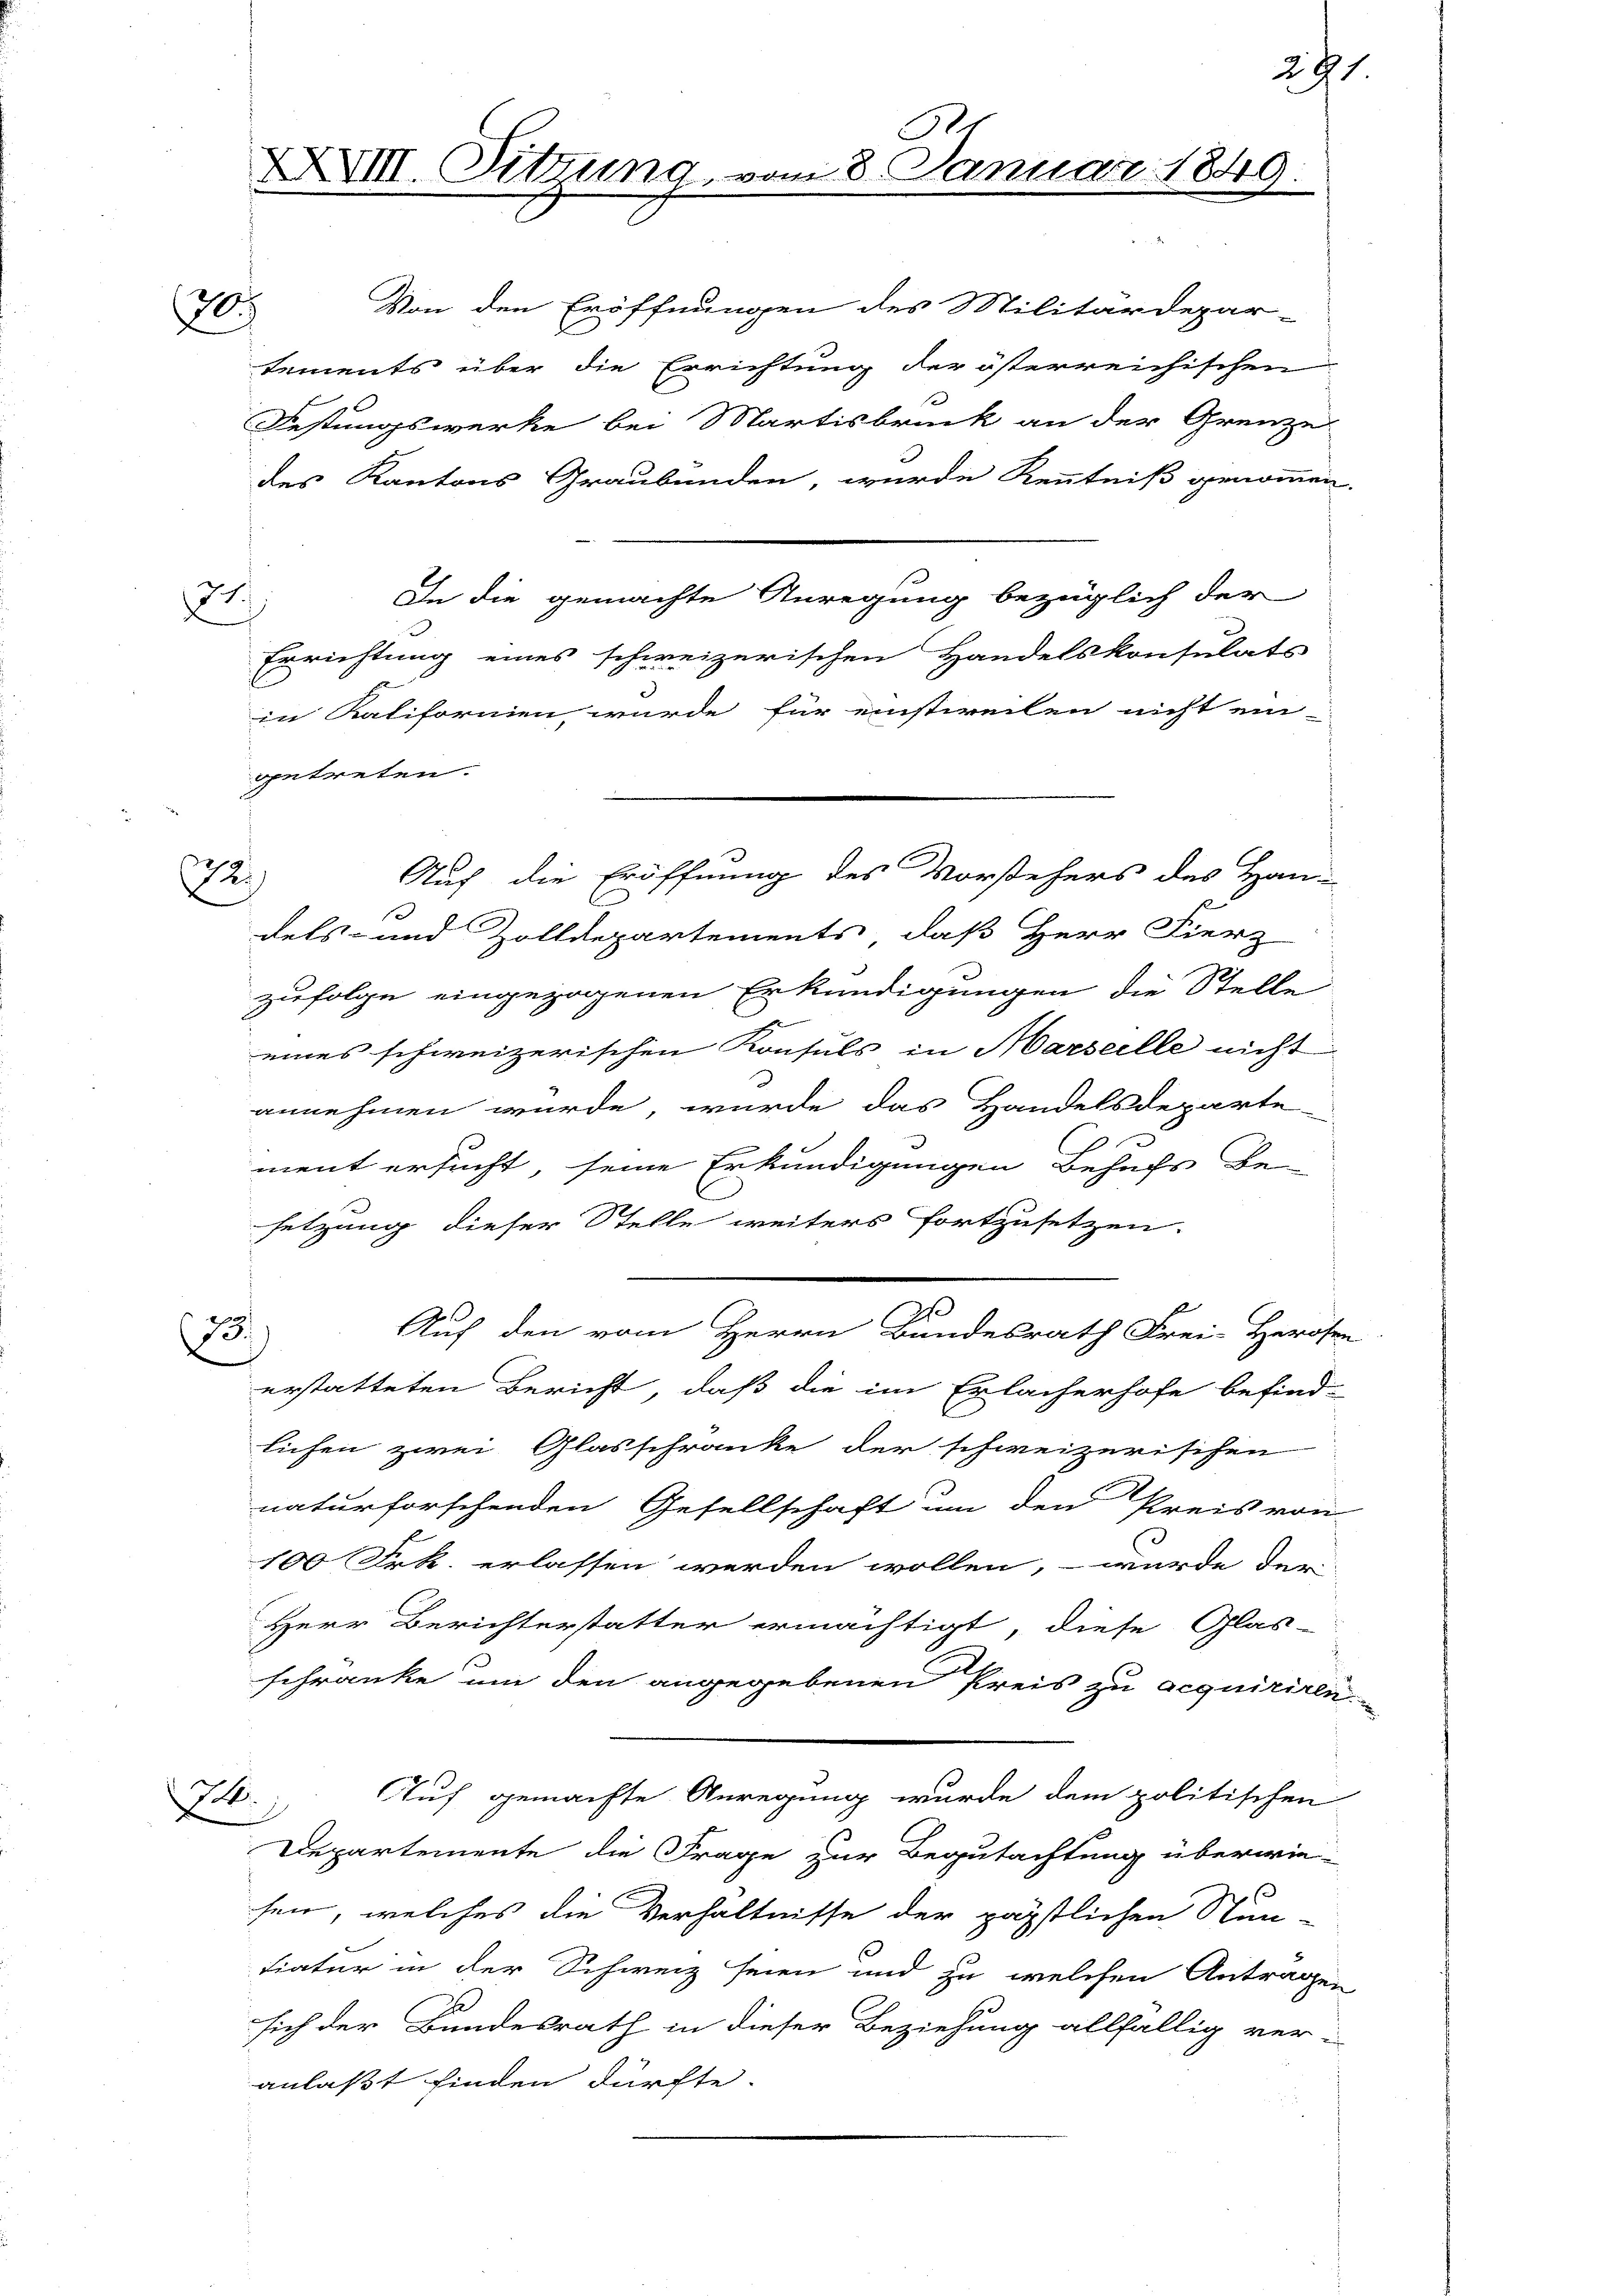
3
e

70. Von den Eröffnungen des Militärdepar-
tements über die Errichtung der österreichischen
Festungswerke bei Martisbruck an der Grenze
des Kantons Graubünden, wurde Kenntniß genommen
In die gemachte Anregung bezüglich der
Errichtung eines schweizerischen Handelskonsulats
3
in Ratifornien wurde für einstweilen nicht ein-
getreten.
dels- und Zolldepartements, daß Herr Fierz
zufolge eingezogenen Erkundigungen die Stelle
eines schweizerischen Konsuls in Marseelle nicht
annehmen wurde, wurde das Handelsdeparte-
ment ersucht, seine Erkundigungen Behufs Be-
setzung dieser Stelle weiters fortzusetzen.
Auf den vom Herrn Bundesrath Frei-Herosen
223
erstatteten Bericht, daß die im Erlacherhofe befind-
liefen zwei Glasschränke der schweizerischen
naturforschenden Gesellschaft um den Preis von
100 Frk. erlassen werden wollen, – wurde der
Herr Berichterstatter ermächtigt, diese Glas-
schränke um den angegebenen Preis zu acquiriren
Auf gemachte Anregung wurde dem politischen
.
Departemente die Frage zur Begutachtung überwiesen, welches die Verhältnisse der päpstlichen Stun-
tiatur in der Schweiz seien und zu welchen Antragen
sich der Bundesrath in dieser Beziehung allfällig ver-
anlaßt finden dürfte.

2

R
XXXIII. Sitzung vom 8. Januar 1841.

Auf die Eröffnung des Vorstehers des Han-

291.

m

s

u